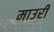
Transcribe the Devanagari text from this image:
माउरी